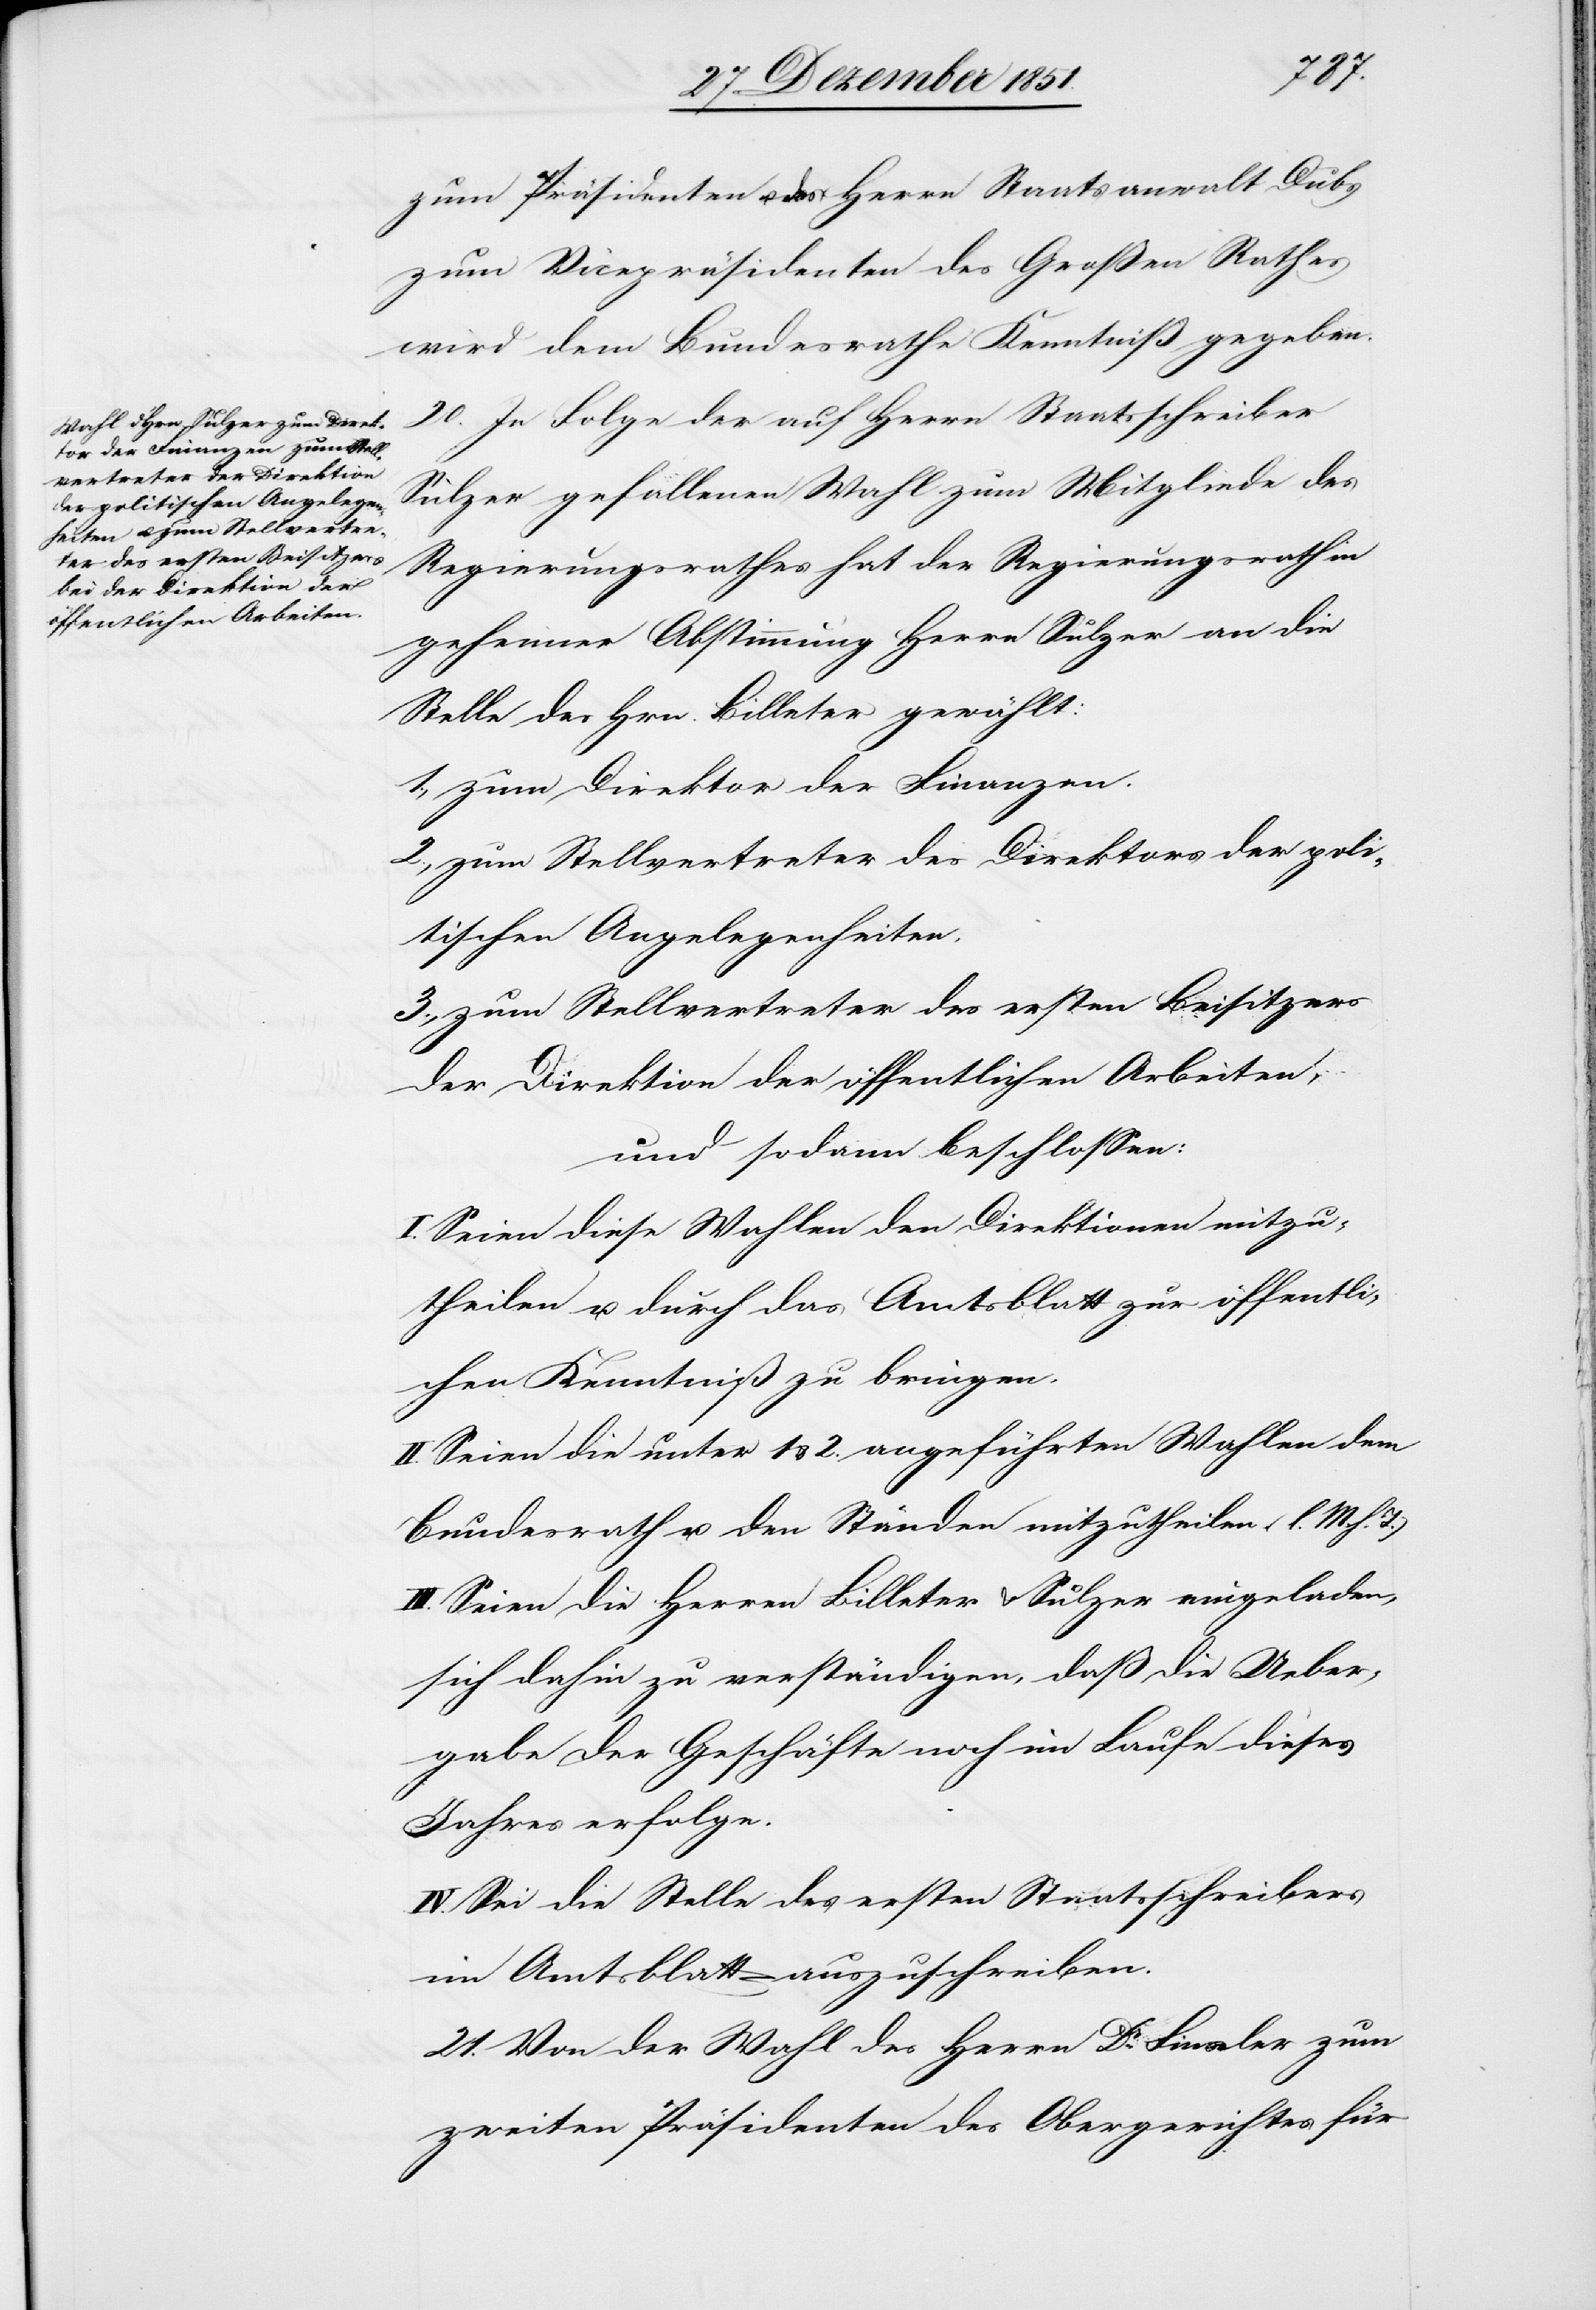
zum Präsidenten u. des Herrn Staatsanwalt Dubs
zum Vicepräsidenten des Großen Rathes
wird dem Bundesrathe Kenntniß gegeben.
20. In Folge der auf Herrn Staatsschreiber
Sulzer gefallenen Wahl zum Mitgliede des
Regierungsrathes hat der Regierungsrath in
geheimer Abstimmung Herrn Sulzer an die
Stelle des Hrn. Billeter gewählt:
1., zum Direktor der Finanzen.
2., zum Stellvertreter des Direktors der poli¬
tischen Angelegenheiten.
3., zum Stellvertreter des ersten Beisitzers
der Direktion der öffentlichen Arbeiten,
und sodann beschlossen:
I. Seien diese Wahlen den Direktionen mitzu¬
theilen u. durch das Amtsblatt zur öffentli¬
chen Kenntniß zu bringen.
II. Seien die unter 1 & 2. angeführten Wahlen dem
Bundesrath u. den Ständen mitzutheilen (l. M. h. T.)
III. Seien die Herren Billeter & Sulzer eingeladen,
sich dahin zu verständigen, daß die Ueber¬
gabe der Geschäfte noch im Laufe dieses
Jahres erfolge.
IV. Sei die Stelle des ersten Staatsschreibers
im Amtsblatt auszuschreiben.
21. Von der Wahl des Herrn Dr. Finsler zum
zweiten Präsidenten des Obergerichtes für